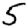
Digit: 5